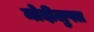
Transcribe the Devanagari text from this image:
मोदीलुफ्त